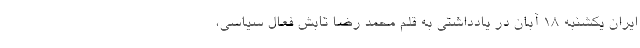
ایران یکشنبه ۱۸ آبان در یادداشتی به قلم محمد رضا تابش فعال سیاسی،